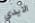
الايدي